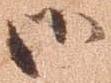
御